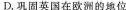
D.巩固英国在欧洲的地位